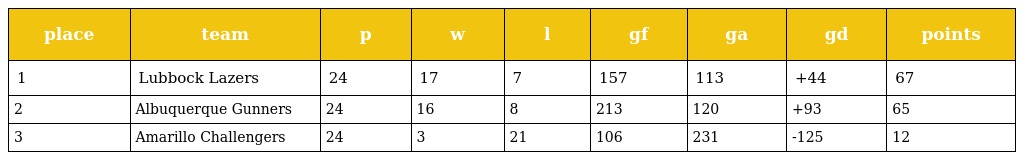
| place | team | p | w | l | gf | ga | gd | points |
 | --- | --- | --- | --- | --- | --- | --- | --- | --- |
 | 1 | Lubbock Lazers | 24 | 17 | 7 | 157 | 113 | +44 | 67 |
 | 2 | Albuquerque Gunners | 24 | 16 | 8 | 213 | 120 | +93 | 65 |
 | 3 | Amarillo Challengers | 24 | 3 | 21 | 106 | 231 | -125 | 12 |